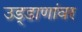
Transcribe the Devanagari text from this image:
उड्डाणांवर